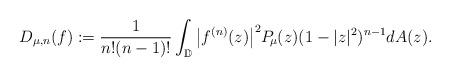
LaTeX: \begin{align*}D_{\mu,n}(f):= \frac{1}{n!(n-1)!}\displaystyle\int_{\mathbb D}\big|f^{(n)}(z)\big|^2 P_{\!\mu}(z)(1-|z|^2)^{n-1}dA(z).\end{align*}